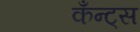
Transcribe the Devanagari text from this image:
कँन्ट्‌स